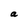
Character: a